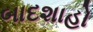
બાદશાહો